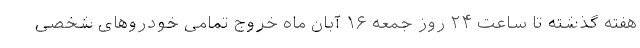
هفته گذشته تا ساعت ۲۴ روز جمعه ۱۶ آبان ماه خروج تمامی خودروهای شخصی